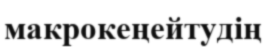
макрокеңейтудің